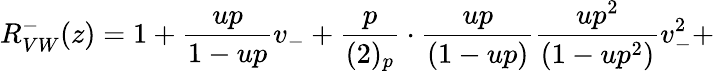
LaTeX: R_{VW}^{-}(z)=1+\frac{up}{1-up}v_{-}+\frac{p}{(2)_{p}}\cdot\frac{up}{(1-up)}\frac{up^{2}}{(1-up^{2})}v_{-}^{2}+